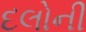
દલોની